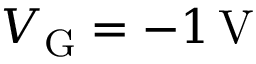
V _ { \mathrm { G } } = - 1 \, \mathrm { V }